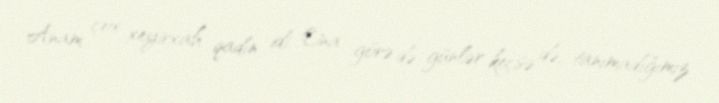
Anam çox xeyirxah qadın idi. Ona görə də günlər keçsə də, tanımadığımız